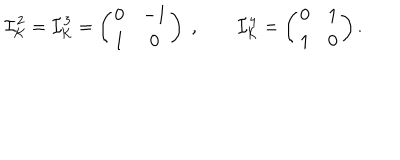
LaTeX: { \cal I } _ { \cal K } ^ { 2 } = { \cal I } _ { \cal K } ^ { 3 } = \left( \begin{array} { c c } { { 0 } } & { { - 1 } } \\ { { 1 } } & { { 0 } } \\ \end{array} \right) \; , \qquad { \cal I } _ { \cal K } ^ { 4 } = \left( \begin{array} { c c } { { 0 } } & { { 1 } } \\ { { 1 } } & { { 0 } } \\ \end{array} \right) .